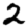
Digit: 2